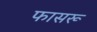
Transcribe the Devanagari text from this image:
फासरू